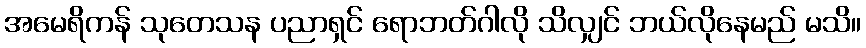
အမေရိကန် သုတေသန ပညာရှင် ရောဘတ်ဂါလို သိလျှင် ဘယ်လိုနေမည် မသိ။